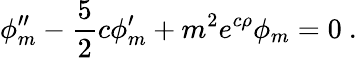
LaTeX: \phi_{m}^{\prime\prime}-\frac{5}{2}c\phi_{m}^{\prime}+m^{2}e^{c\rho}\phi_{m}=0~.